Indian journal of veterinary science and animal husbandry - Volume 11,
Year: 1941
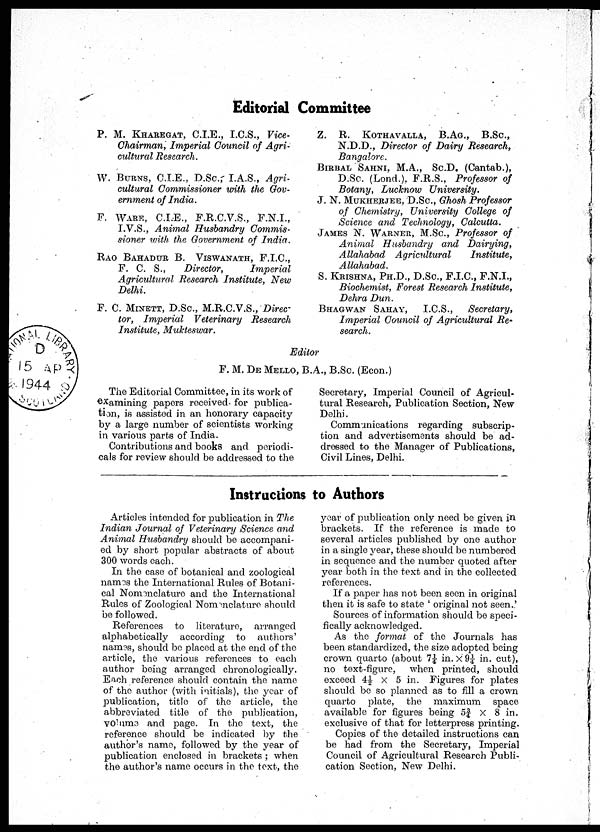
Editorial Committee
P. M. KHAREGAT, C.I.E., I.C.S., Vice¬
Chairman, Imperial Council of Agri-
cultural Research.
W. BURNS, C.I.E., D.Sc., I.A.S., Agri-
cultural Commissioner with the Gov-
ernment of India.
F. WARE, C.I.E., F.R.C.V.S., F.N.I.,
I.V.S., Animal Husbandry Commis-
sioner with the Government of India.
RAO BAHADUR B. VISWANATH, F.I.C.,
F. C. S.,
Director,
Imperial
Agricultural Research Institute, New
Delhi.
F. C. MINETT, D.Sc., M.R.C.V.S., Direc-
tor, Imperial
Veterinary Research
Institute, Mukteswar.
Z. R. KOTHAVALLA, B.AG., B.Sc.,
N.D.D., Director of Dairy Research,
Bangalore.
BIRBAL SAHNI, M.A., Sc.D. (Cantab.),
D.Sc. (Lond.), F.R.S., Professor of
Botany, Lucknow
University.
J. N. MUKHERJEE, D.Sc., Ghosh Professor
of Chemistry, University College of
Science and Technology, Calcutta.
JAMES N. WARNER, M.Sc., Professor of
Animal Husbandry and
Dairying,
Allahabad Agricultural
Institute,
Allahabad.
S. KRISHNA, PH.D., D.Sc., F.I.C., F.N.I.,
Biochemist, Forest Research Institute,
Dehra Dun.
BHAGWAN SAHAY,
I.C.S.,
Secretary,
Imperial Council of Agricultural Re-
search.
Editor
F. M. DE MELLO, B.A., B.Sc. (Econ.)
The Editorial Committee, in its work of
examining papers received for publica-
tion, is assisted in an honorary capacity
by a large number of scientists working
in various parts of India.
Contributions and books and periodi-
cals for review should be addressed to the
Secretary, Imperial Council of Agricul-
tural Research, Publication Section, New
Delhi.
Communications regarding subscrip-
tion and advertisements should be ad-
dressed to the Manager of Publications,
Civil Lines, Delhi.
Instructions to Authors
Articles intended for publication in The
Indian Journal of Veterinary Science and.
Animal Husbandry should be accompani-
ed by short popular abstracts of about
300 words each.
In the case of botanical and zoological
names the International Rules of Botani-
cal Nomenclature and the International
Rules of Zoological Nomenclature should
be followed.
References to literature, arranged
alphabetically according to authors'
names, should be placed at the end of the
article, the various references to each
author being arranged chronologically.
Each reference should contain the name
of the author (with initials), the year of
publication, title of the article, the
abbreviated title of the publication,
Volume and page. In the text, the
reference should be indicated by the
author's name, followed by the year of
publication enclosed in brackets ; when
the author's name occurs in the text, the
year of publication only need be given in
brackets. If the reference is made to
several articles published by one author
in a single year, these should be numbered
in sequence and the number quoted after
year both in the text and in the collected
references.
If a paper has not been seen in original
then it is safe to state ' original not seen.'
Sources of information should be speci-
fically acknowledged.
As the format of the Journals has
been standardized, the size adopted being
crown quarto (about 7¼ in. × 9¼ in. cut),
no text-figure,
when printed, should
exceed 4½ × 5 in. Figures for plates
should be so planned as to fill a crown
quarto plate, the maximum space
available for figures being 5¾ × 8 in.
exclusive of that for letterpress printing.
Copies of the detailed instructions can
be had from the Secretary, Imperial
Council of Agricultural Research Publi-
cation Section, New Delhi.